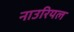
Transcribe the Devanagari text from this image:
नाउरियल